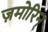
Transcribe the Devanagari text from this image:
ज़मोरिन्